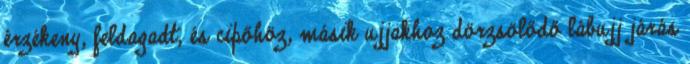
érzékeny, feldagadt, és cipőhöz, másik ujjakhoz dörzsölődő lábujj járás